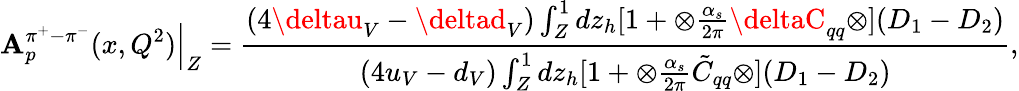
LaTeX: \mathbf{A}_{p}^{\pi^{+}-\pi^{-}}(x,Q^{2}){\Bigl|}_{Z}=\frac{{(4\deltau_{V}-\deltad_{V})\int_{Z}^{1}dz_{h}[1+\otimes\frac{{\alpha_{s}}}{{2\pi}}\deltaC_{qq}\otimes](D_{1}-D_{2})}}{{(4u_{V}-d_{V})\int_{Z}^{1}dz_{h}[1+\otimes\frac{{\alpha_{s}}}{{2\pi}}\tilde{{C}}_{qq}\otimes](D_{1}-D_{2})}},